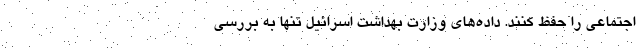
اجتماعی را حفظ کنند. داده‌های وزارت بهداشت اسرائیل تنها به بررسی